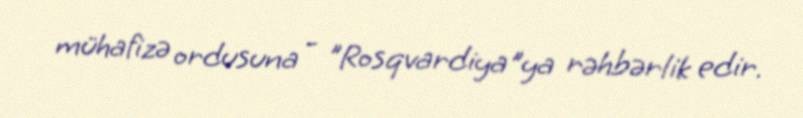
mühafizə ordusuna - "Rosqvardiya"ya rəhbərlik edir.